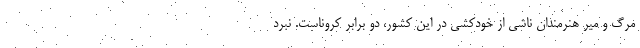
مرگ و میر هنرمندان ناشی از خودکشی در این کشور، دو برابر کروناست. نبرد